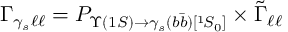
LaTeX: { \Gamma } _ { \gamma _ { s } \ell \ell } = { \cal P } _ { \Upsilon ( 1 S ) { \rightarrow } \gamma _ { s } ( b \bar { b } ) [ { } ^ { 1 } \! S _ { 0 } ] } \times \tilde { \Gamma } _ { \ell \ell }